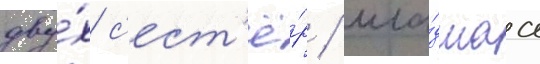
дву́х с'ест'ё́р / мла́дшаа